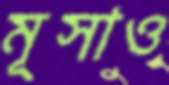
মূসাও